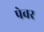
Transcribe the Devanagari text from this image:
पेवर